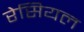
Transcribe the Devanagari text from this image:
रेसियल